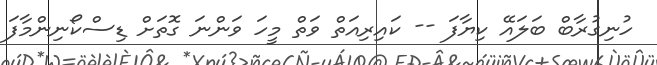
ހުނިގުރާބް ބަލައޭ ކިޔާފަ -- ކައިރިއަތް ވަތް މީހަ ވަންނަ ގޮތަށް ޑިސްކޯނިންމާފަ